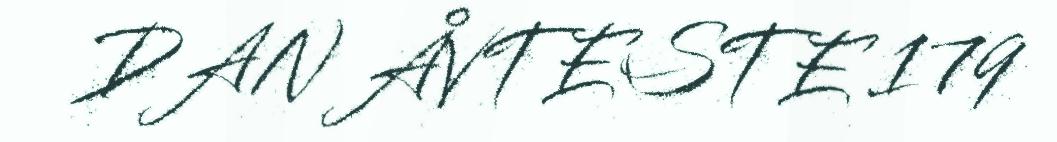
DAN ÅVTESTE 179